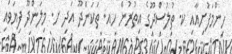
ހިންމަފުށިއާއި ކ. ތުލުސްދޫގެ އިތުރުން ހއ. ތަކަންދޫ އަދި ށ. މިލަންދޫ ފިޔަވައި